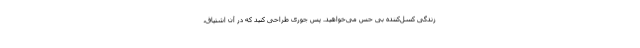
زندگی کسل‌کننده بی حس می‌خواهید. پس جوری طراحی کنید که در آن اشتیاق،